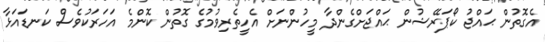
އެގޮތުން ޙައްޖު ކޯޕަރޭޝުން ޙައްޖަށްގެންދާ މީހުންނަށް އެހީތެރިވުމުގެ ގޮތުން ކޮންމެ އަހަރަކުވެސް ކަނޑައަޅާ